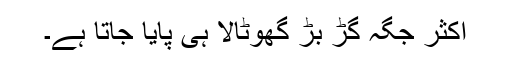
اکثر جگہ گڑ بڑ گھوٹالا ہی پایا جاتا ہے۔